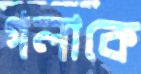
গলাকে